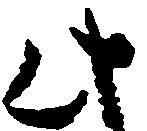
此